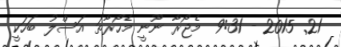
21